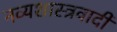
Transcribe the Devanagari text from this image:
नव्यशास्त्रवादी